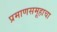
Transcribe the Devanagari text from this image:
प्रमाणसमूहाचा